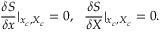
\frac { \delta S } { \delta x } | _ { x _ { c } , X _ { c } } = 0 , \ \ \frac { \delta S } { \delta X } | _ { x _ { c } , X _ { c } } = 0 .